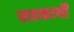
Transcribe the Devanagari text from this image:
सहकार्यों